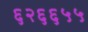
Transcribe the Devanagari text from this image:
६२६६५५